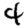
Digit: 4